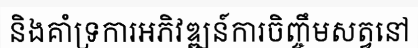
និងគាំទ្រការអភិវឌ្ឍន៍ការចិញ្ចឹមសត្វនៅ